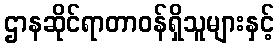
ဌာနဆိုင်ရာတာဝန်ရှိသူများနှင့်